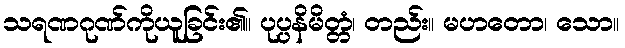
သရဏဂုဏ်ကိုယူခြင်း၏။ ပုပ္ပနိမိတ္တံ၊ တည်း။ မဟတော၊ သော။